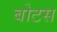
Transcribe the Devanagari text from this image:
बोटस